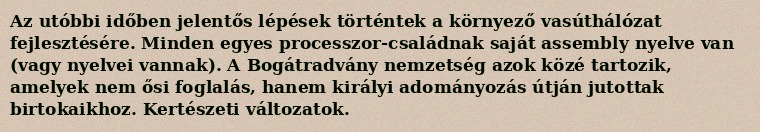
Az utóbbi időben jelentős lépések történtek a környező vasúthálózat fejlesztésére. Minden egyes processzor-családnak saját assembly nyelve van (vagy nyelvei vannak). A Bogátradvány nemzetség azok közé tartozik, amelyek nem ősi foglalás, hanem királyi adományozás útján jutottak birtokaikhoz. Kertészeti változatok.